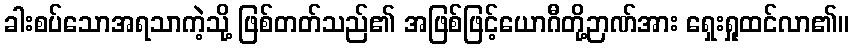
ခါးစပ်သောအရသာကဲ့သို့ ဖြစ်တတ်သည်၏ အဖြစ်ဖြင့်ယောဂီတို့ဉာဏ်အား ရှေးရှုထင်လာ၏။